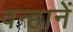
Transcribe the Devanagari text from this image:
वन्हानें